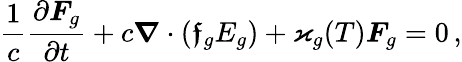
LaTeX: \frac{1}{c}\frac{\partial\boldsymbol{F}_{g}}{\partial t}+c\boldsymbol{\nabla}\cdot(\boldsymbol{\mathfrak{f}}_{g}E_{g})+\varkappa_{g}(T)\boldsymbol{F}_{g}=0\, ,